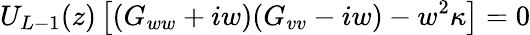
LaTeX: U_{L-1}(z)\left[(G_{ww}+iw)(G_{vv}-iw)-w^{2}\kappa\right]=0